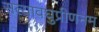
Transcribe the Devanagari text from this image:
सत्यावघुप्रीणनम्